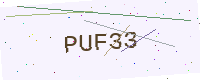
Text: PUF33